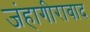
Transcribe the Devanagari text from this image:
जंहागीराबाद